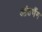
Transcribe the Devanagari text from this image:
आंतभैंम